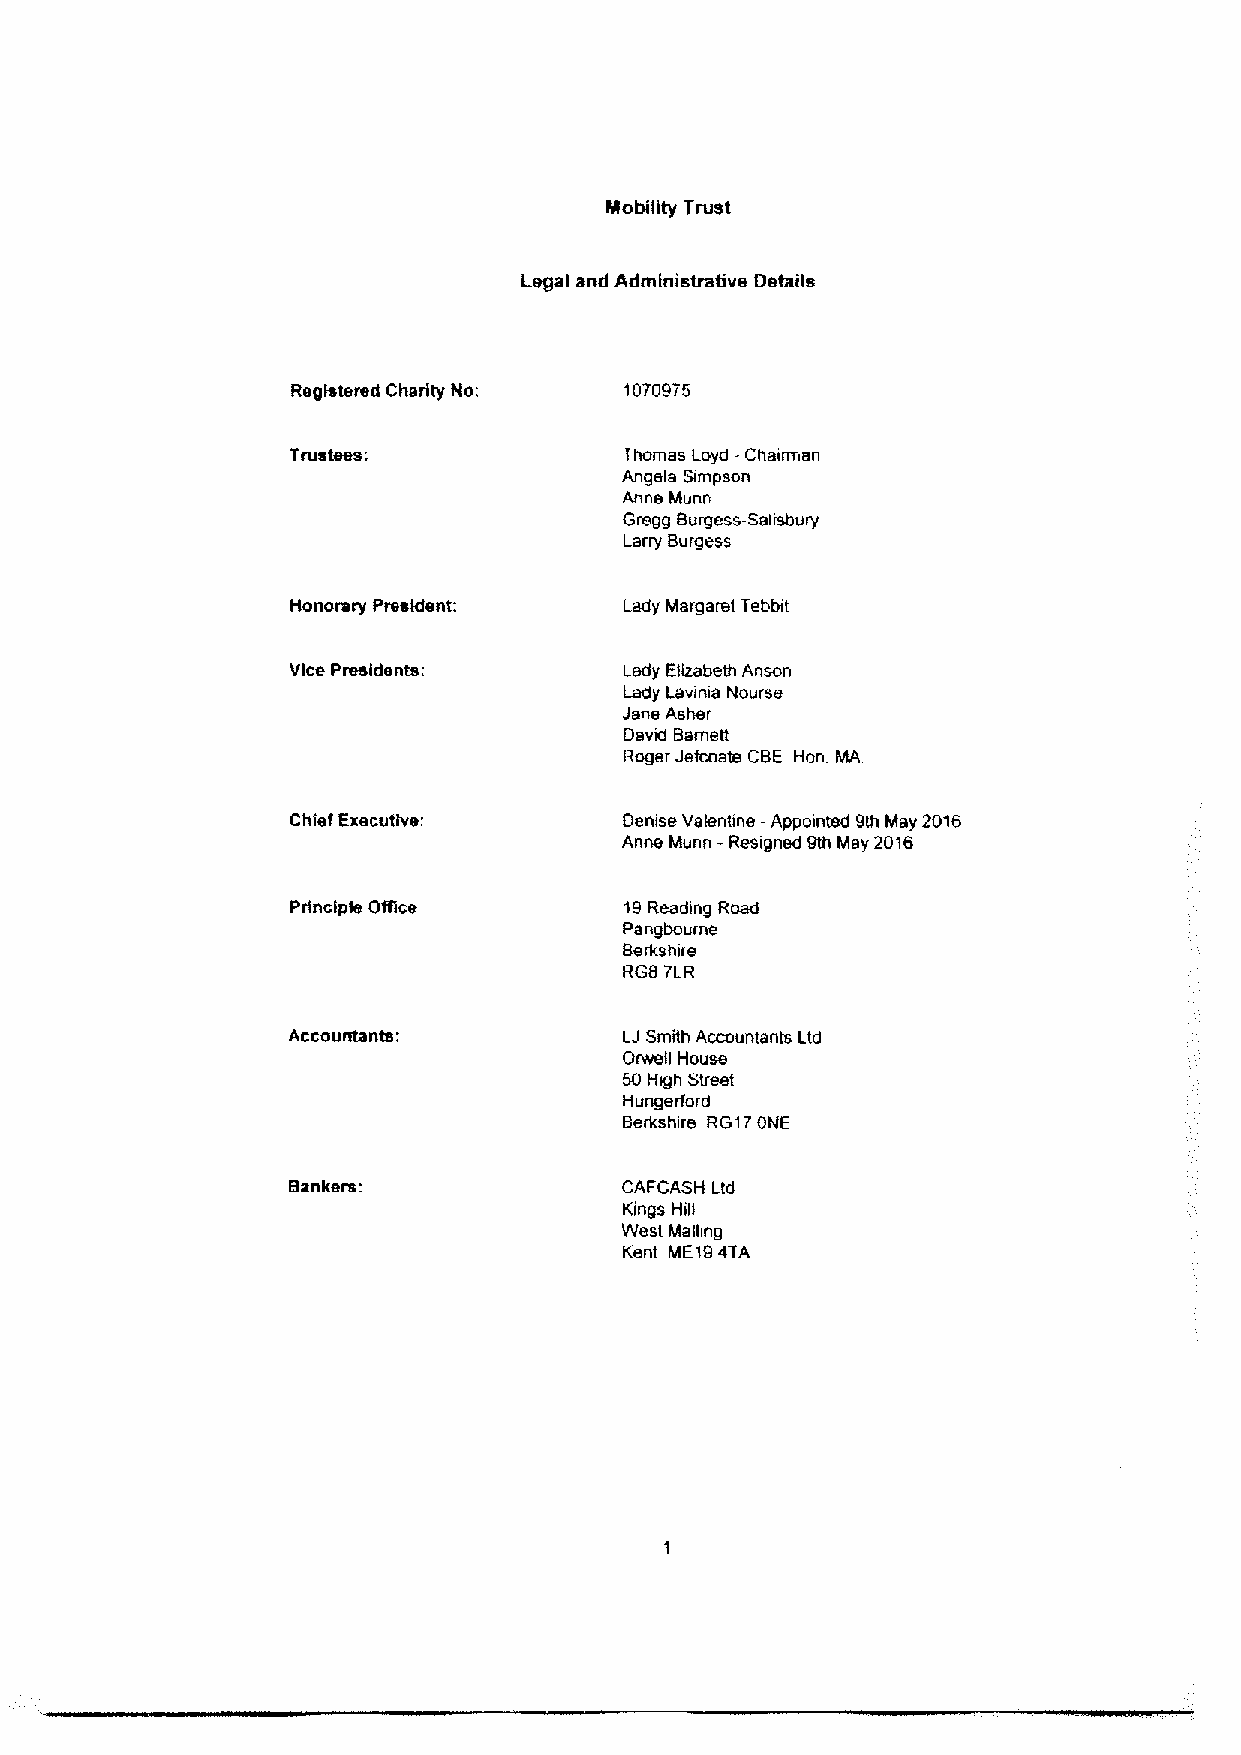
Mobility Trust
 Legal and Administrative Details
 Registered Charity No; 1070975
 Thomas Loyd -Chairman
 Angels Simpson
 Anne Munn
 Gregg Burgess-Salisbury
 Larry Burgess
 Honorary President:   Lady Margaret Tebbit
 Vice Presidennr:      Lady Elizabeth Anson
 Lady Lavinia Nourse
 Jane Asher
 David Bamett
 Roger Jefcoate CBE.Hon MA
 Chief Executive:      Denise Valentine -Appointed 9th May 2016
 Anne Munn -Resigned 9th May 2016
 Principia Office      19Reading Road
 Pangboume
 Berkshire
 RGS 7LR
 Accountants:          LJSmith Accountants Ltd
 Orwell House
 50High Street
 Hungerford
 Berkshire RG17ONE
 Bankers:              CAFCASH Ltd
 Kings Hill
 West Malhng
 Kent ME194TA